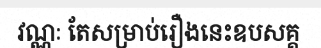
វណ្ណៈ តែសម្រាប់រឿងនេះឧបសគ្គ